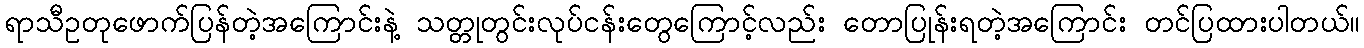
ရာသီဥတုဖောက်ပြန်တဲ့အကြောင်းနဲ့ သတ္တုတွင်းလုပ်ငန်းတွေကြောင့်လည်း တောပြုန်းရတဲ့အကြောင်း တင်ပြထားပါတယ်။